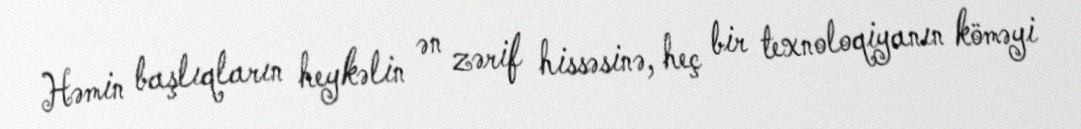
Həmin başlıqların heykəlin ən zərif hissəsinə, heç bir texnoloqiyanın köməyi